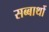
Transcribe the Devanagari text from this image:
सब्बाथों